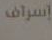
إسراف